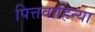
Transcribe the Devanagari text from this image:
पित्तवाहिन्या